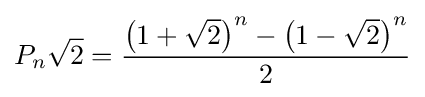
P_{n}{\sqrt {2}}={\frac {\left(1+{\sqrt {2}}\right)^{n}-\left(1-{\sqrt {2}}\right)^{n}}{2}}